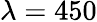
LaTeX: \lambda=450